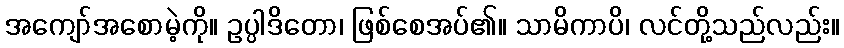
အကျော်အစောမဲ့ကို။ ဥပ္ပါဒိတော၊ ဖြစ်စေအပ်၏။ သာမိကာပိ၊ လင်တို့သည်လည်း။